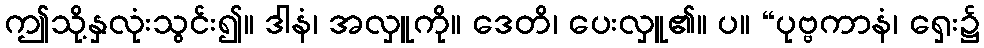
ဤသို့နှလုံးသွင်း၍။ ဒါနံ၊ အလှူကို။ ဒေတိ၊ ပေးလှူ၏။ ပ။ “ပုဗ္ဗကာနံ၊ ရှေး၌